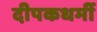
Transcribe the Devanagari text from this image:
दीपकधर्मी